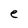
Character: e